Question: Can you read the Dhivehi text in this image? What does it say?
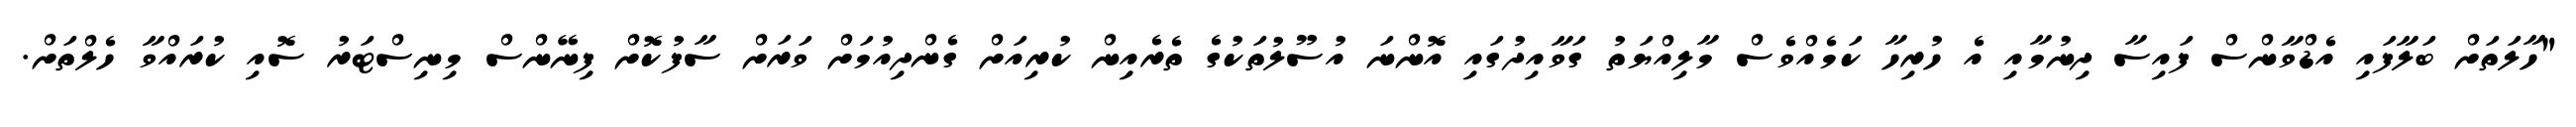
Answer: "ހާލަތަށް ބަލާފައި އެޑްވާންސް ފައިސާ ދިނުމާއި އެ ހުރިހާ ކަމެއްވެސް މާލިއްޔަތު ގަވާއިދުގައި އޮންނަ އުސޫލުތަކުގެ ތެރެއިން ކުރިއަށް ގެންދިއުމަށް ވަރަށް ސާފުކޮށް ފިނޭންސް މިނިސްޓަރު ސޮއި ކުރައްވާ ހެލްތަށް.